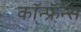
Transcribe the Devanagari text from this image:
कॉन्फ्रॅन्स